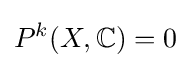
P^{k}(X,\mathbb {C} )=0